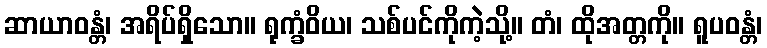
ဆာယာဝန္တံ၊ အရိပ်ရှိသော။ ရုက္ခံဝိယ၊ သစ်ပင်ကိုကဲ့သို့။ တံ၊ ထိုအတ္တကို။ ရူပဝန္တံ၊